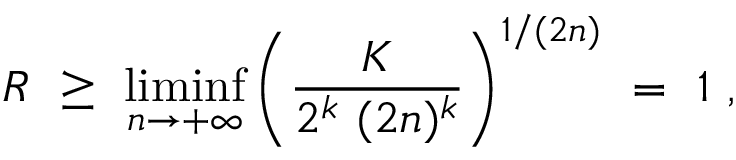
R \ \ge \ \operatorname * { l i m i n f } _ { n \to + \infty } \left( \frac K { 2 ^ { k } \ ( 2 n ) ^ { k } } \right) ^ { 1 / ( 2 n ) } \ = \ 1 \ ,